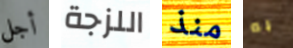
أجل اللزجة منذ به